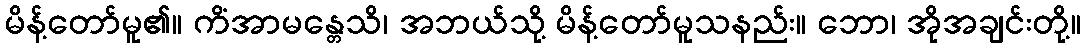
မိန့်တော်မူ၏။ ကိံအာမန္တေသိ၊ အဘယ်သို့ မိန့်တော်မူသနည်း။ ဘော၊ အိုအချင်းတို့။